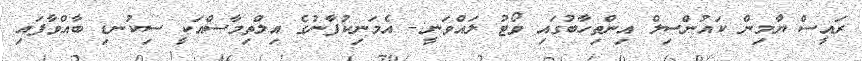
ރައީސް ޔާމިން ކައުންސިލް އިންތިހާބުގައި ވޯޓު ލައްވަނީ:- އެމަނިކުފާނުގެ އިލްތިމާސްއަކީ ސިކުނޑި ބާއްވާފައި